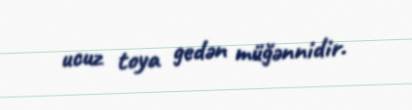
ucuz toya gedən müğənnidir.